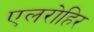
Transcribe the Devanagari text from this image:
एलरोहिर